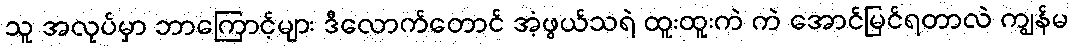
သူ အလုပ်မှာ ဘာကြောင့်များ ဒီလောက်တောင် အံ့ဖွယ်သရဲ ထူးထူးကဲ ကဲ အောင်မြင်ရတာလဲ ကျွန်မ